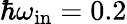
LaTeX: \hbar\omega_{\mathrm{in}}=0.2